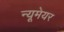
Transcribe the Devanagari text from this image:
न्यूमेयर